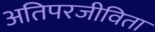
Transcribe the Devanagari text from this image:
अतिपरजीविता